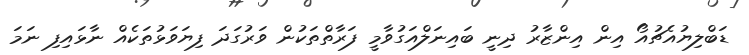
ޑަބްލިޔުއެޗުއޯ އިން އިންޒާރު ދިނީ ބައިނަލްއަގުވާމީ ފަރާތްތަކުން ވަރުގަދަ ފިޔަވަޅުތަކެއް ނާޅައިފި ނަމަ